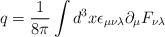
\begin{align*}q = \frac{1}{8 \pi} \int d^3 x \epsilon_{\mu \nu \lambda} \partial_{\mu}F_{\nu \lambda}\end{align*}